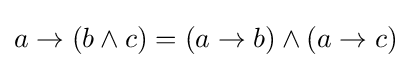
a\to (b\wedge c)=(a\to b)\wedge (a\to c)